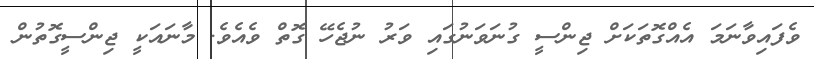
ވެފައިވާނަމަ އެއްގޮތަކަށް ޖިންސީ ގުނަވަނުގައި ވަރު ނުޖެހޭ ގޮތް ވެއެވެ. މާނައަކީ ޖިންސީގޮތުން